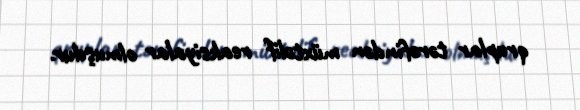
qruplar tərəfindən müxtəlif reaksiyalar olmuşdur.